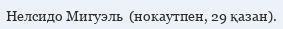
Нелсидо Мигуэль  (нокаутпен, 29 қазан).